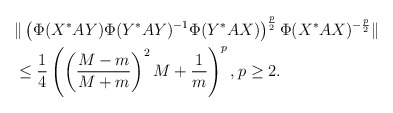
\begin{align*}&\|\left(\Phi(X^*AY)\Phi(Y^*AY)^{-1}\Phi(Y^*AX)\right)^{\frac{p}{2}}\Phi(X^*AX)^{-\frac{p}{2}}\|\\&\le \frac{1}{4}\left(\left(\frac{M-m}{M+m}\right)^2M+\frac{1}{m} \right)^p, p\ge 2.\end{align*}